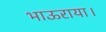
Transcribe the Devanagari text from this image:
भाऊराया।